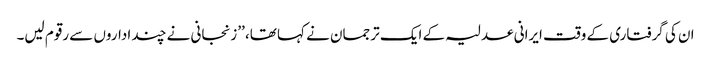
ان کی گرفتاری کے وقت ایرانی عدلیہ کے ایک ترجمان نے کہا تھا، ’’زنجانی نے چند اداروں سے رقوم لیں۔